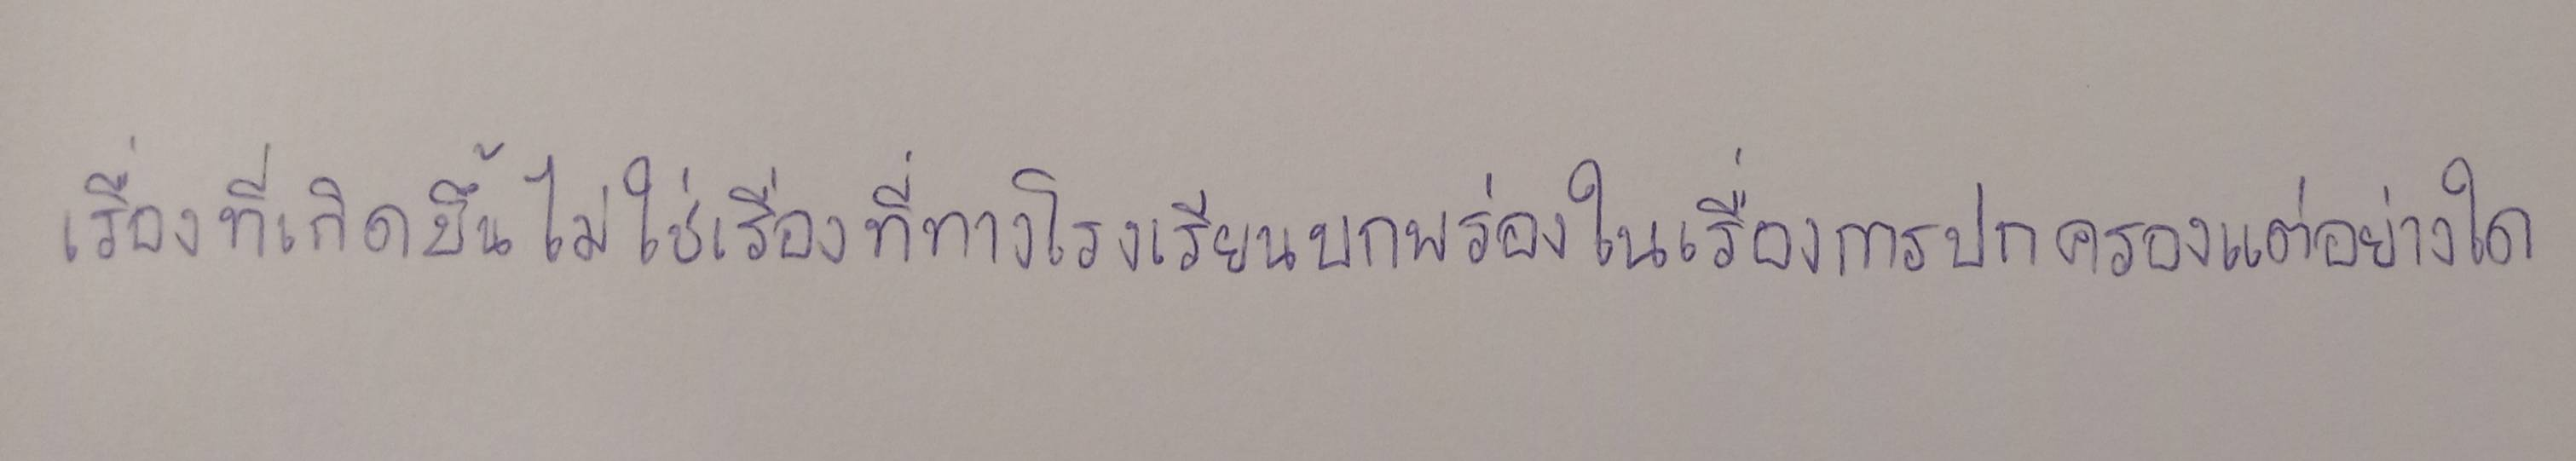
เรื่องที่เกิดขึ้นไม่ใช่เรื่องที่ทางโรงเรียนบกพร่องในเรื่องของการปกครองแต่อย่างใด